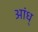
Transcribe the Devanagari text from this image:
आंध्